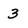
Character: 3